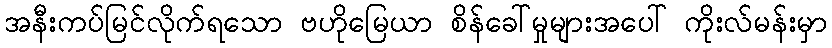
အနီးကပ်မြင်လိုက်ရသော ဗဟိုမြေယာ စိန်ခေါ်မှုများအပေါ် ကိုးလ်မန်းမှာ